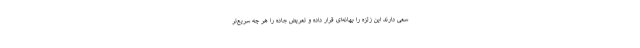
سعی دارند این زلزه را بهانه‌ای قرار داده و تعریض جاده را هر چه سریع‌تر